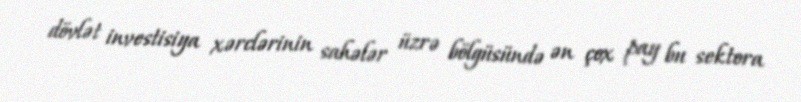
dövlət investisiya xərclərinin sahələr üzrə bölgüsündə ən çox pay bu sektora